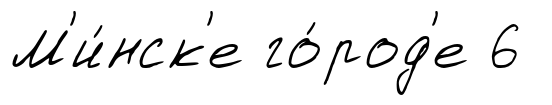
М'и́нск'е го́род'е 6